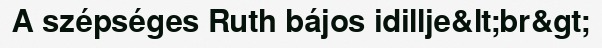
A szépséges Ruth bájos idillje&lt;br&gt;